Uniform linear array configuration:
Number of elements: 12
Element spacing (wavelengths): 0.75
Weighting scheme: exponential
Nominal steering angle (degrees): -45
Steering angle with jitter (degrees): -44.275
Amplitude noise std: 0.05
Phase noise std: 0.05

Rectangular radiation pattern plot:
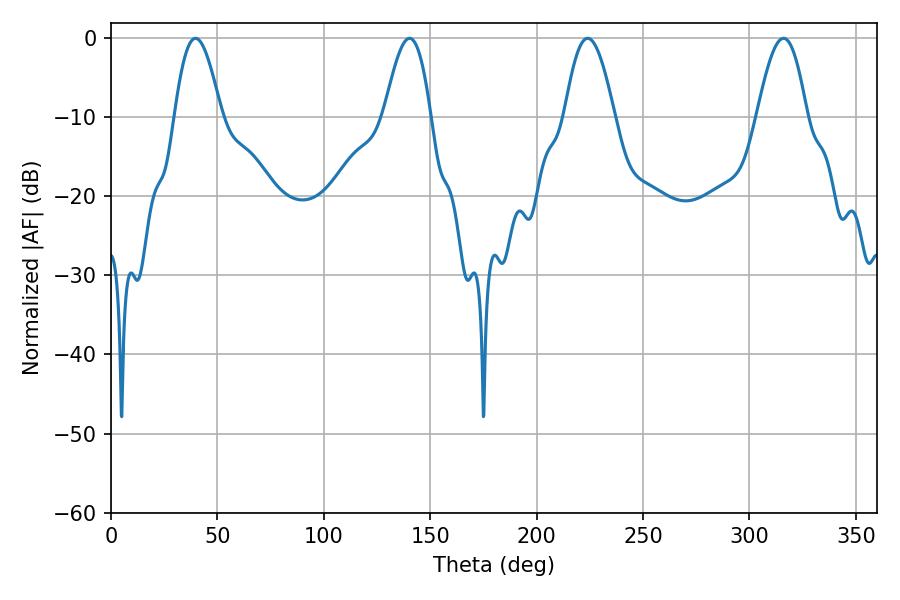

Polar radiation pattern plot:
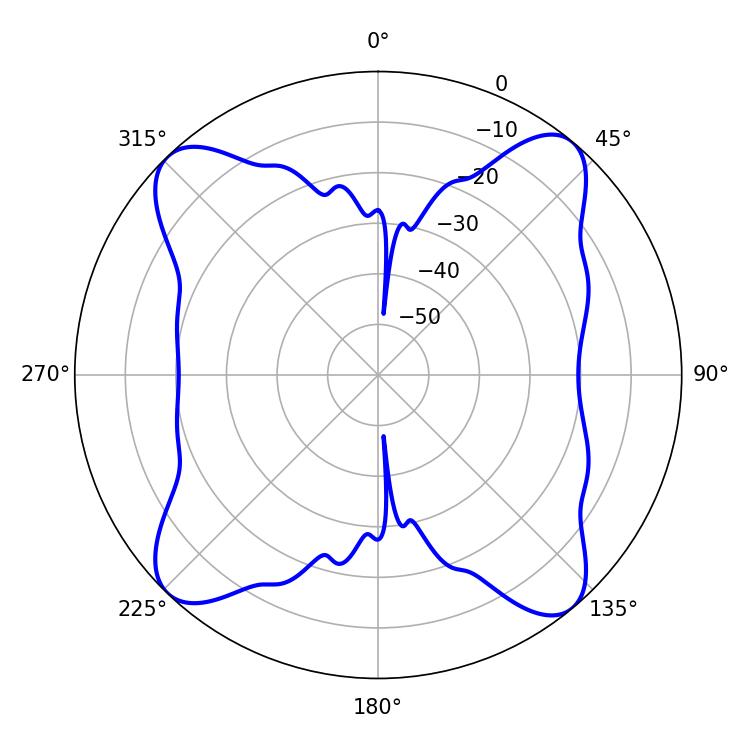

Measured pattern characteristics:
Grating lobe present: TRUE
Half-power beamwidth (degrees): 12.6
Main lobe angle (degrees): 223.92